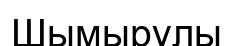
Шымырұлы